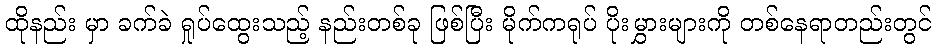
ထိုနည်း မှာ ခက်ခဲ ရှုပ်ထွေးသည့် နည်းတစ်ခု ဖြစ်ပြီး မိုက်ကရုပ် ပိုးမွှားများကို တစ်နေရာတည်းတွင်